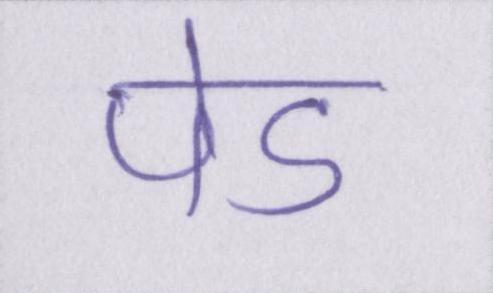
पेड